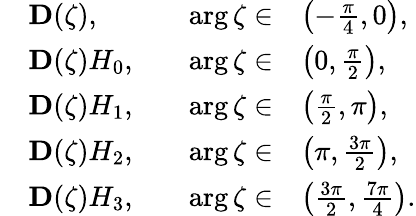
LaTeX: \begin{array}{rlrl}&{\mathbf{D}(\zeta),\quad}&{\arg\zeta\in}&{\left(-\frac{\pi}{4},0\right),}\\ &{\mathbf{D}(\zeta)H_{0},\quad}&{\arg\zeta\in}&{\left(0,\frac{\pi}{2}\right),}\\ &{\mathbf{D}(\zeta)H_{1},\quad}&{\arg\zeta\in}&{\left(\frac{\pi}{2},\pi\right),}\\ &{\mathbf{D}(\zeta)H_{2},\quad}&{\arg\zeta\in}&{\left(\pi,\frac{3\pi}{2}\right),}\\ &{\mathbf{D}(\zeta)H_{3},\quad}&{\arg\zeta\in}&{\left(\frac{3\pi}{2},\frac{7\pi}{4}\right).}\end{array}